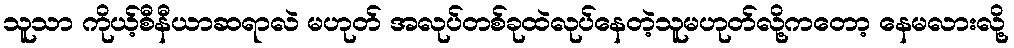
သူသာ ကိုယ့်စီနီယာဆရာလဲ မဟုတ် အလုပ်တစ်ခုထဲလုပ်နေတဲ့သူမဟုတ်လို့ကတော့ နေမလားလို့